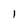
Character: I